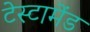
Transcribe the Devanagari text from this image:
टेस्टामेंड